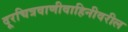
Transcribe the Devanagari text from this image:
दूरचित्रवाणीवाहिनीवरील